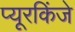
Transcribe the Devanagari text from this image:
प्यूरकिंजे